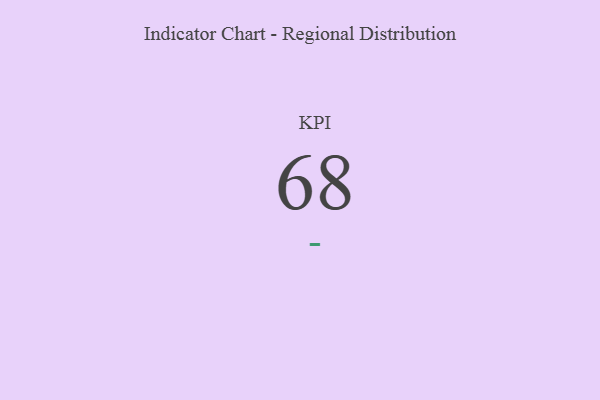
{"axis": {"x": "KPI", "y": "Value"}, "legend": [""], "data": [{"x": "KPI", "y": 68, "type": ""}]}